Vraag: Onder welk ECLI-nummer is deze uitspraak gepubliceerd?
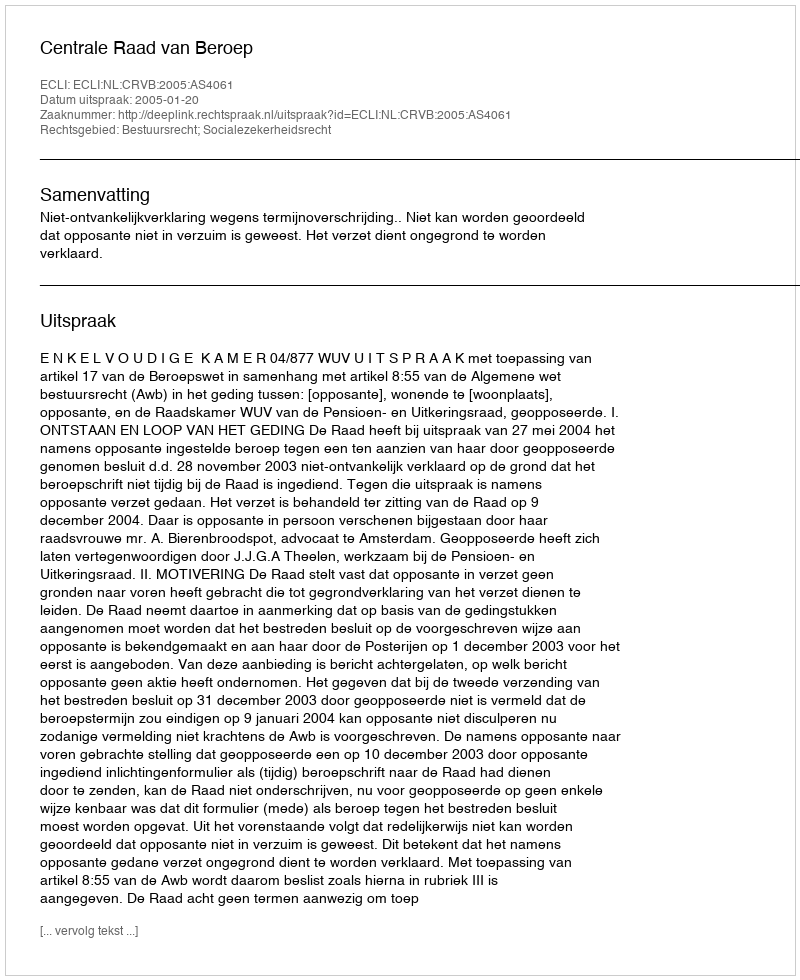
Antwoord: ECLI:NL:CRVB:2005:AS4061